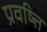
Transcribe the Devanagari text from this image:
प्रवष्त्ति